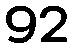
92